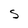
Character: S